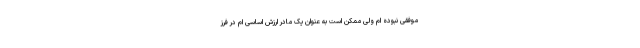
موفقی نبوده ام ولی ممکن است به عنوان یک مادر ارزش اساسی ام در فرز